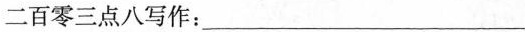
二百零三点八写作：_____